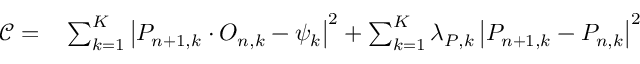
\begin{array} { r l } { \mathcal { C } = } & { { } \sum _ { k = 1 } ^ { K } \left| P _ { n + 1 , k } \cdot O _ { n , k } - \psi _ { k } \right| ^ { 2 } + \sum _ { k = 1 } ^ { K } \lambda _ { P , k } \left| P _ { n + 1 , k } - P _ { n , k } \right| ^ { 2 } } \end{array}